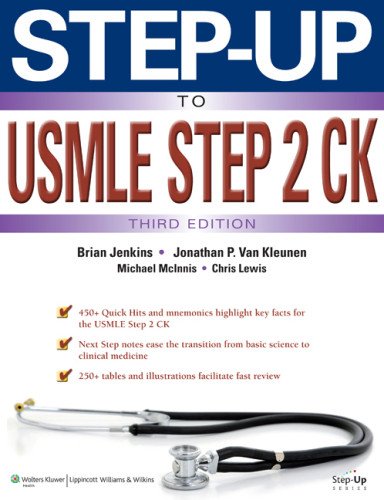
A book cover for Step-Up to USMLE Step 2 CK, 3e (Step-Up Series); Jonathan P. Van Kleunen MD; Test Preparation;